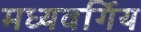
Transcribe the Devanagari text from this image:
मध्यवर्गिय